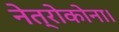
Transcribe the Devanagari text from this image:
नेत्रोकोना।